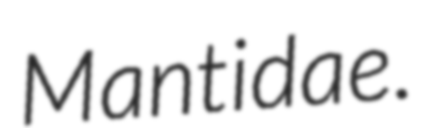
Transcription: Mantidae.